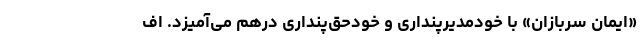
«ایمان سربازان» با خودمدیرپنداری و خودحق‌پنداری درهم می‌آمیزد. اف